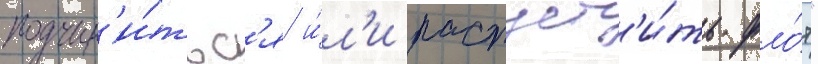
подчин'и́тьс'я и́л'и распуст'и́ть фло́т"